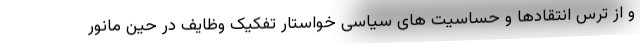
و از ترس انتقادها و حساسیت های سیاسی خواستار تفکیک وظایف در حین مانور